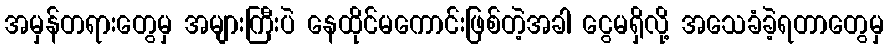
အမှန်တရားတွေမှ အများကြီးပဲ နေထိုင်မကောင်းဖြစ်တဲ့အခါ ငွေမရှိလို့ အသေခံခဲ့ရတာတွေမှ